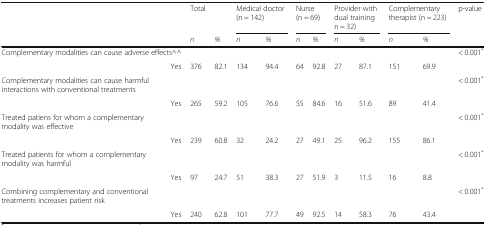
|  | Total |  | <COLSPAN=2> Medical doctor (n = 142) | <COLSPAN=2> Nurse (n = 69) | <COLSPAN=2> Provider with dual training n = 32) | <COLSPAN=2> Complementary therapist (n = 223) | p-value |
 |  | n | % | n | % | n | % | n | % | n | % |  |
 | --- | --- | --- | --- | --- | --- | --- | --- | --- | --- | --- | --- |
 | Complementary modalities can cause adverse effects^^ |  |  |  |  |  |  |  |  |  |  | < 0.001* |
 | Yes | 376 | 82.1 | 134 | 94.4 | 64 | 92.8 | 27 | 87.1 | 151 | 69.9 |  |
 | Complementary modalities can cause harmful interactions with conventional treatments |  |  |  |  |  |  |  |  |  |  | < 0.001* |
 | Yes | 265 | 59.2 | 105 | 76.6 | 55 | 84.6 | 16 | 51.6 | 89 | 41.4 |  |
 | Treated patiens for whom a complementary modality was effective |  |  |  |  |  |  |  |  |  |  | < 0.001* |
 | Yes | 239 | 60.8 | 32 | 24.2 | 27 | 49.1 | 25 | 96.2 | 155 | 86.1 |  |
 | Treated patients for whom a complementary modality was harmful |  |  |  |  |  |  |  |  |  |  | < 0.001* |
 | Yes | 97 | 24.7 | 51 | 38.3 | 27 | 51.9 | 3 | 11.5 | 16 | 8.8 |  |
 | Combining complementary and conventional treatments increases patient risk |  |  |  |  |  |  |  |  |  |  | < 0.001* |
 | Yes | 240 | 62.8 | 101 | 77.7 | 49 | 92.5 | 14 | 58.3 | 76 | 43.4 |  |